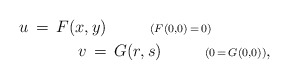
\begin{align*}u\,=\,F(x,y)\ \ \ \ \ \ \ \ {\scriptstyle{(F(0,0)\,=\,0)}}\ \ \ \ \ \ \ \ \ \ \ \\ \ \ \ \ \ \ \ \ \ \ \ v\,=\,G(r,s)\ \ \ \ \ \ \ \ {\scriptstyle{(0\,=\,G(0,0))}},\end{align*}